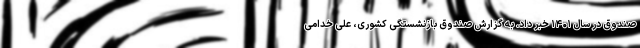
صندوق در سال ۱۴۰۱ خبر داد. به گزارش صندوق بازنشستگی کشوری، علی خدامی